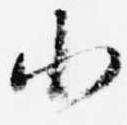
小